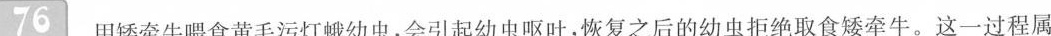
76用矮牵牛喂食黄毛污灯蛾幼虫，会引起幼虫呕吐，恢复之后的幼虫拒绝取食矮牵牛。这一过程属